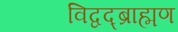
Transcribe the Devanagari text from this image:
विद्वद्ब्राह्मण